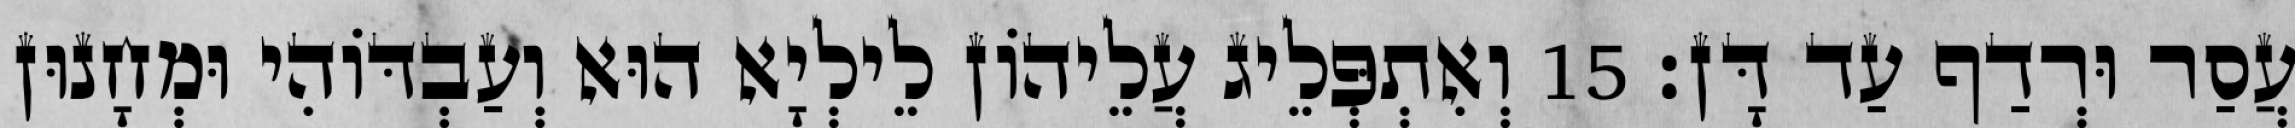
עֲסַר וּרְדַף עַד דָּן׃ 15 וְאִתְפְּלֵיג עֲלֵיהוֹן לֵילְיָא הוּא וְעַבְדּוֹהִי וּמְחָנוּן